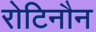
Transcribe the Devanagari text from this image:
रोटिनौन